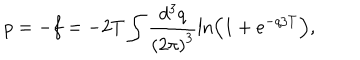
p = - f = - 2 T \int \frac { d ^ { 3 } q } { \left( 2 \pi \right) ^ { 3 } } \ln \left( 1 + e ^ { - q / T } \right) ,